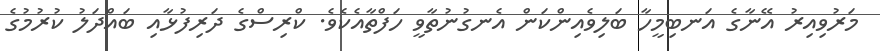
މަރުވިއިރު އޭނާގެ އަނބިމީހާ ބަލިވެއިންކަން އެނގުނުތާވީ ހަފްތާއެކެވެ. ކްރިސްގެ ދަރިފުޅާއި ބައްދަލު ކުރުމުގެ